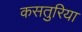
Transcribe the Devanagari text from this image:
कसतुरिया